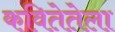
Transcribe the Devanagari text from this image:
कवितेतेला